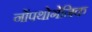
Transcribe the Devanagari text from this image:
नोंपथोगेनिक